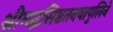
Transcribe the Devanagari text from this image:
श्रीमद्वसिष्ठतनयापुलिने